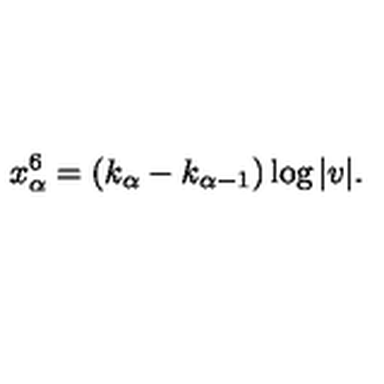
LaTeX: x _ { \alpha } ^ { 6 } = ( k _ { \alpha } - k _ { \alpha - 1 } ) \log | v | .